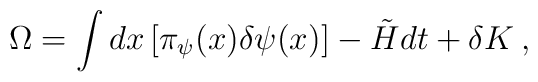
\Omega=\int dx\left[\pi_{\psi}(x)\delta \psi(x)\right]-\tilde H dt+\delta K\>,